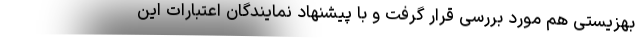
بهزیستی هم مورد بررسی قرار گرفت و با پیشنهاد نمایندگان اعتبارات این